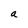
Character: a